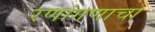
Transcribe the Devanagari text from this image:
रणांगणाचा